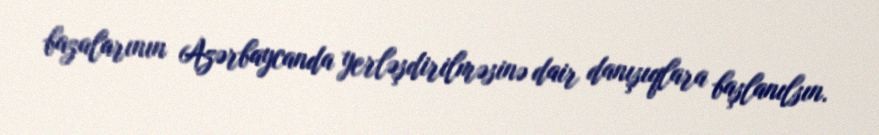
bazalarının Azərbaycanda yerləşdirilməsinə dair danışıqlara başlanılsın.